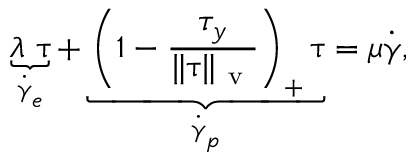
\underbrace { \lambda ~ \overset { \triangledown } { \boldsymbol { \uptau } } } _ { \dot { \boldsymbol { \upgamma } } _ { e } } + \underbrace { \left( 1 - \frac { \tau _ { y } } { \Vert \boldsymbol { \uptau } \Vert _ { \mathrm { ~ v ~ } } } \right) _ { + } \boldsymbol { \uptau } } _ { \dot { \boldsymbol { \upgamma } } _ { p } } = \mu \dot { \boldsymbol { \upgamma } } ,